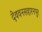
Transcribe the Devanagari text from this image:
देववनसहारनपुर